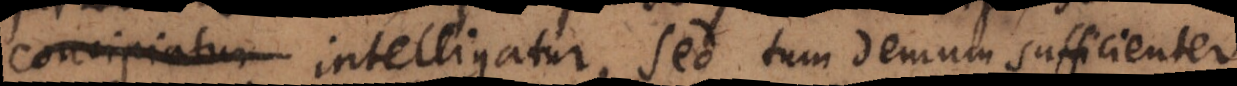
concipiatur intelligatur, sed tum demum sufficienter